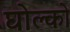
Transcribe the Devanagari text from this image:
घोल्को